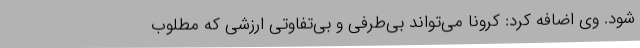
شود. وی اضافه کرد: کرونا می‌تواند بی‌طرفی و بی‌تفاوتی ارزشی که مطلوب